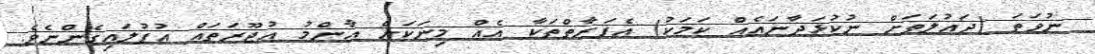
ނުވަތަ (ދައުލަތަށް ނުކުޅަދާނައެއް ކަމަކު) އެފަރާތްތަކާ އެއް މިނަކަށް އާންމު އުޖޫރަތައް އުފުލައިގެންނެވެ.